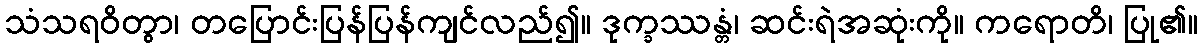
သံသရဝိတွာ၊ တပြောင်းပြန်ပြန်ကျင်လည်၍။ ဒုက္ခဿန္တံ၊ ဆင်းရဲအဆုံးကို။ ကရောတိ၊ ပြု၏။